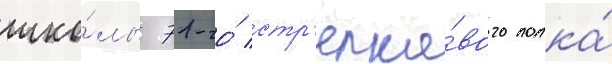
шко́лы 71-го́ стр'елко́вого полка́